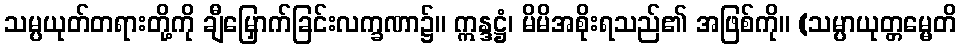
သမ္ပယုတ်တရားတို့ကို ချီမြှောက်ခြင်းလက္ခဏာ၌။ ဣန္ဒဋ္ဌံ၊ မိမိအစိုးရသည်၏ အဖြစ်ကို။ (သမ္ပာယုတ္တမ္မေတိ